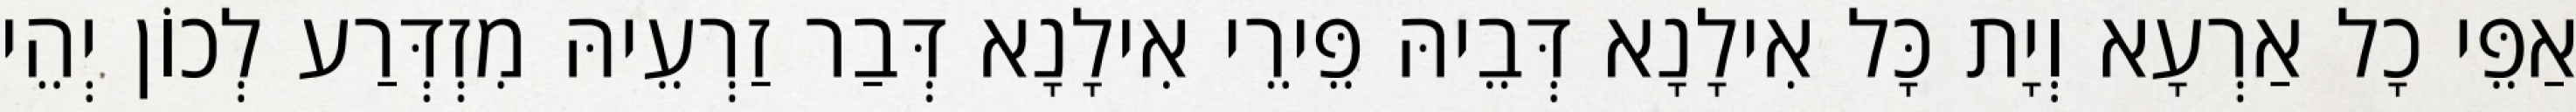
אַפֵּי כָל אַרְעָא וְיָת כָּל אִילָנָא דְּבֵיהּ פֵּירֵי אִילָנָא דְּבַר זַרְעֵיהּ מִזְדְּרַע לְכוֹן יְהֵי